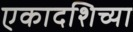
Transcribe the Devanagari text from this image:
एकादशिच्या